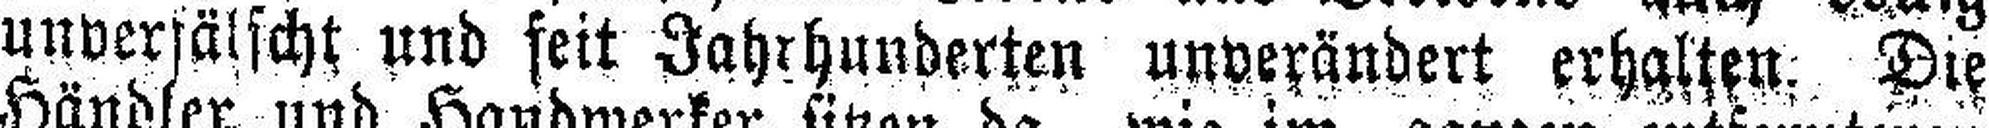
unverfälscht und feit Jahrhunderten unverändert erhalten. Die